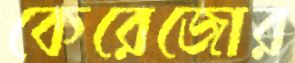
কেরেজোর